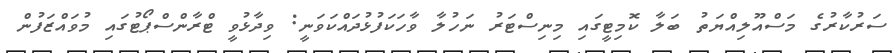
ސަރުކާރުގެ މަސްއޫލިއްޔަތު ބަލާ ކޮމިޓީގައި މިނިސްޓަރު ނަހުލާ ވާހަކަފުޅުދައްކަވަނީ: ވިދާޅުވީ ޓްރާންސްޕޯޓުގައި މުވައްޒަފުން